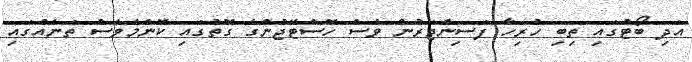
އަދި ބޯޓުގައި ތިބި ހުރިހާ ފަސިންޖަރުން ވެސް ހޮސްޓޭޖުންގެ ގޮތުގައި ކޮންމެވެސް ތަނެއްގައި